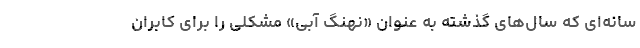
سانه‌ای که سال‌های گذشته به عنوان «نهنگ آبی» مشکلی را برای کابران